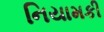
નિયામકી